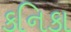
કનિકા